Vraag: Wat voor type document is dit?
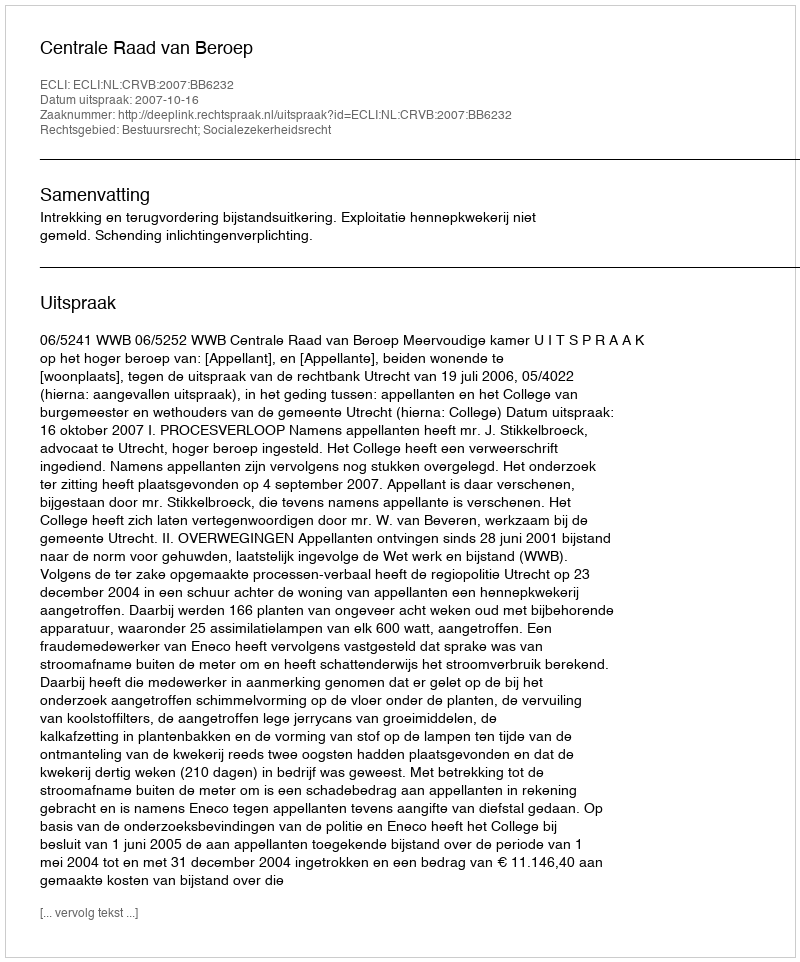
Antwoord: Uitspraak